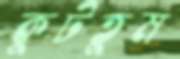
কুটতুম